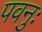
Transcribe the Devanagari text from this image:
पवनुः